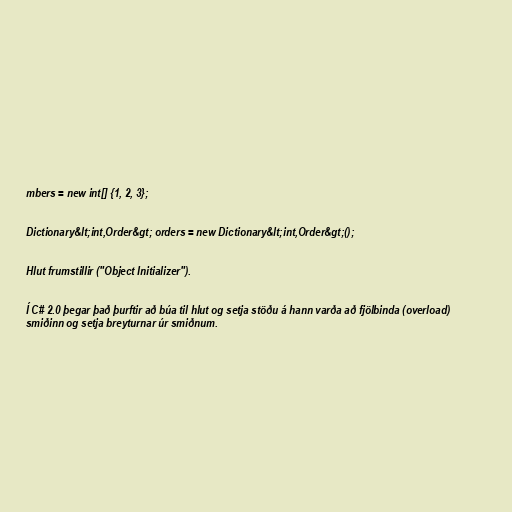
mbers = new int[] {1, 2, 3};

Dictionary&lt;int,Order&gt; orders = new Dictionary&lt;int,Order&gt;();

Hlut frumstillir ("Object Initializer").

Í C# 2.0 þegar það þurftir að búa til hlut og setja stöðu á hann varða að fjölbinda (overload)
smiðinn og setja breyturnar úr smiðnum.